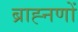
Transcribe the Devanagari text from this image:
ब्राह्नणों